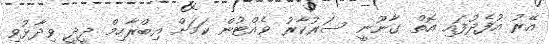
އޭރު އުފެދުފައި އޮތް ގާނޫނީ ސަރުކާރު ވެއްޓުން ކަމަށް އިބްރާހިމް ދީދީ ވިދާޅުވި